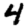
Digit: 4